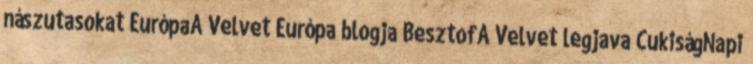
nászutasokat EurópaA Velvet Európa blogja BesztofA Velvet legjava CukiságNapi